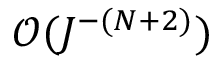
\mathcal { O } ( J ^ { - ( N + 2 ) } )